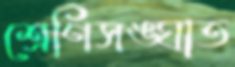
শ্রেণিসঙ্ঘাত